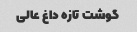
گوشت تازه داغ عالی